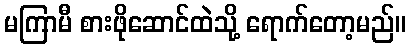
မကြာမီ စားဖိုဆောင်ထဲသို့ ရောက်တော့မည်။